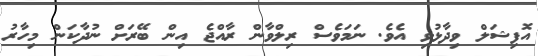
އޮފިޝަލް ވިދާޅުވި އެވެ. ނަމަވެސް ރިލްވާން ރާއްޖެ އިން ބޭރަށް ނުދާކަން މިހާރު